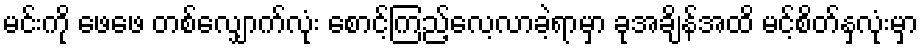
မင်းကို ဖေဖေ တစ်လျှောက်လုံး စောင့်ကြည့်လေ့လာခဲ့ရာမှာ ခုအချိန်အထိ မင့်စိတ်နှလုံးမှာ